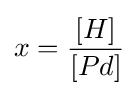
x={\frac {[H]}{[Pd]}}